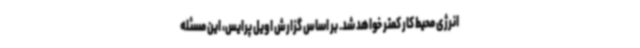
انرژی محیط کار کمتر خواهد شد. بر اساس گزارش اویل پرایس، این مسئله